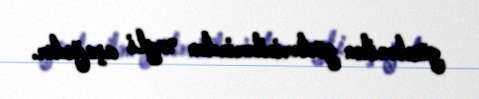
gözlənilən göstəricilərindən xeyli aşağıdır.